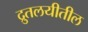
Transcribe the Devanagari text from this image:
द्रुतलयीतील